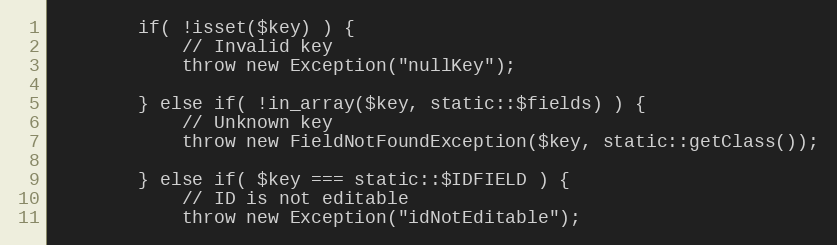
Language: PHP
		if( !isset($key) ) {
			// Invalid key
			throw new Exception("nullKey");

		} else if( !in_array($key, static::$fields) ) {
			// Unknown key
			throw new FieldNotFoundException($key, static::getClass());

		} else if( $key === static::$IDFIELD ) {
			// ID is not editable
			throw new Exception("idNotEditable");